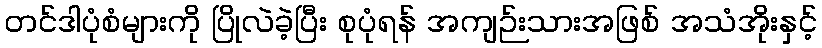
တင်ဒါပုံစံများကို ပြိုလဲခဲ့ပြီး စုပုံရန် အကျဉ်းသားအဖြစ် အသံအိုးနှင့်